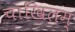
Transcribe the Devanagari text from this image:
चाखिलम्‌